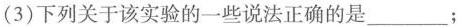
(3)下列关于该实验的一些说法正确的是___；